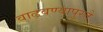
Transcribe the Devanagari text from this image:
वाढवण्यापुरते